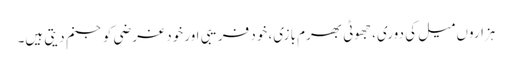
ہزاروں میل کی دوری، جھوٹی بھرم بازی، خود فریبی اور خود غرضی کو جنم دیتی ہیں۔